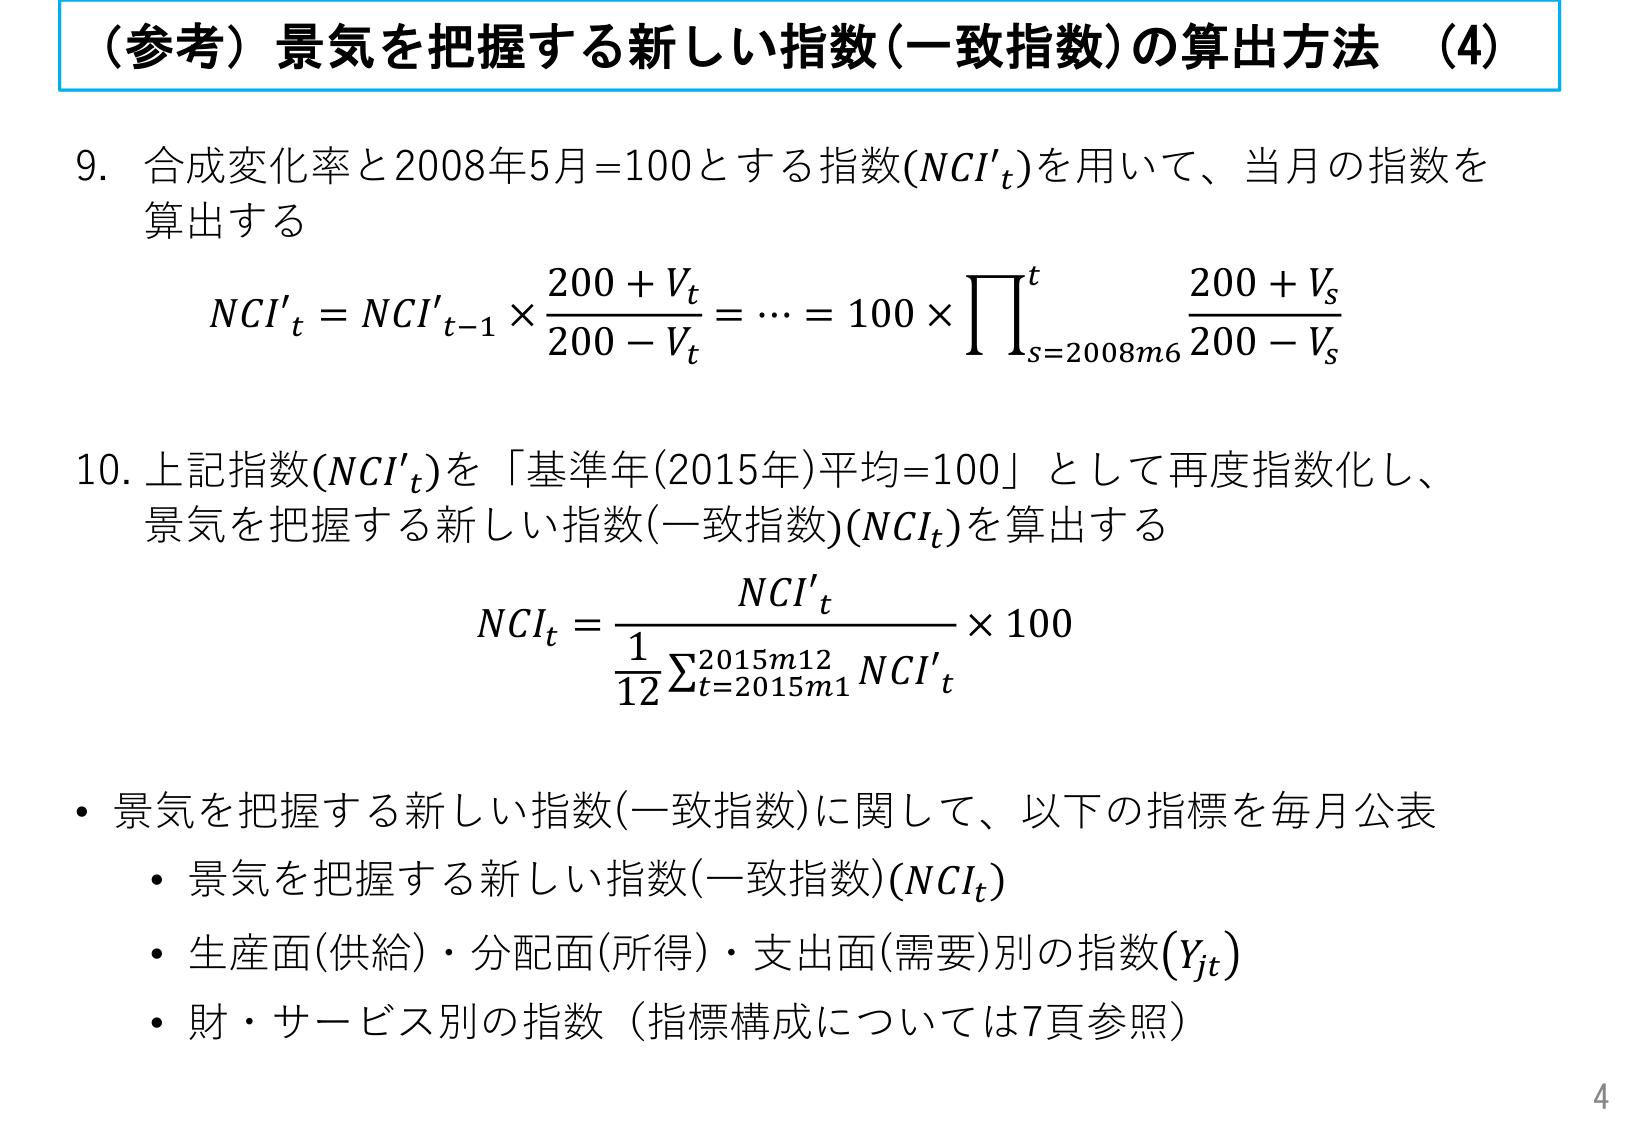
（参考）景気を把握する新しい指数（一致指数）の算出方法 （4）

9. 合成変化率と2008年5月=100とする指数(NCI'ₜ)を用いて、当月の指数を算出する

NCI'ₜ = NCI'ₜ₋₁ × (200 + Vₜ)/(200 - Vₜ) = … = 100 × ∏ₛ=2008m6^ₜ (200 + Vₛ)/(200 - Vₛ)

10. 上記指数(NCI'ₜ)を「基準年(2015年)平均=100」として再度指数化し、景気を把握する新しい指数(一致指数)(NCIₜ)を算出する

NCIₜ = (NCI'ₜ) / (1/12 Σₜ=2015m1^2015m12 NCI'ₜ) × 100

・景気を把握する新しい指数(一致指数)に関して、以下の指標を毎月公表
　・景気を把握する新しい指数(一致指数)(NCIₜ)
　・生産面(供給)・分配面(所得)・支出面(需要)別の指数(Yⱼₜ)
　・財・サービス別の指数（指標構成については7頁参照）

4